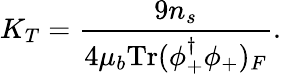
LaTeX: K_{T}=\frac{9n_{s}}{4\mu_{b}\mathrm{Tr}(\phi_{+}^{\dagger}\phi_{+})_{F}}.